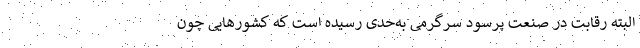
البته رقابت در صنعت پرسود سرگرمی به‌حدی رسیده است که کشورهایی چون